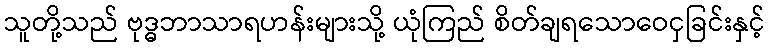
သူတို့သည် ဗုဒ္ဓဘာသာရဟန်းများသို့ ယုံကြည် စိတ်ချရသောဝေငှခြင်းနှင့်